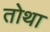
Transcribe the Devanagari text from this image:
तोथा